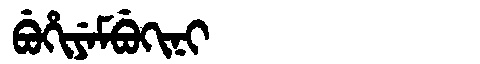
Manchu: ᠪᡠᡥᡳᠶᡝᠮᠪᡠᡴᡳᠨᡳ
Romanization: BUHIYEMBUKINI